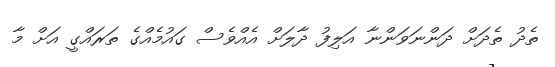
ތެދު ތެދަށް ދަންނަވަންނާ އަލިފު ދާލަށް އެއްވެސް ގައުމެއްގެ ތަރައްގީ އަށް މާ